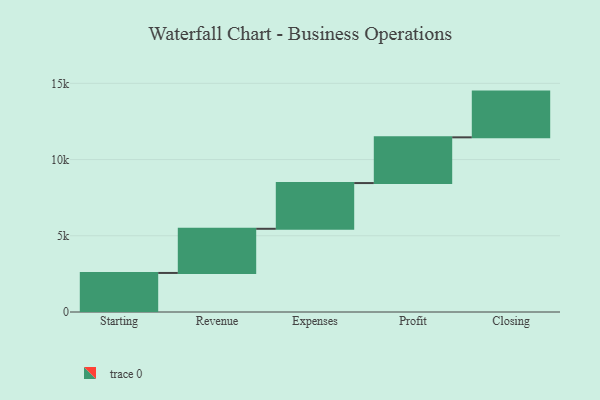
{"axis": {"x": "Step", "y": "Value"}, "legend": [""], "data": [{"x": "Starting", "y": 2562.0, "type": ""}, {"x": "Revenue", "y": 2897.0, "type": ""}, {"x": "Expenses", "y": 3000, "type": ""}, {"x": "Profit", "y": 3000, "type": ""}, {"x": "Closing", "y": 3000, "type": ""}]}